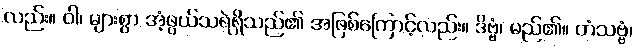
လည်း။ ဝါ၊ များစွာ အံ့ဖွယ်သရဲရှိသည်၏ အဖြစ်ကြောင့်လည်း။ ဒိဗ္ဗံ၊ မည်၏။ တံသဗ္ဗံ၊